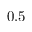
0 . 5